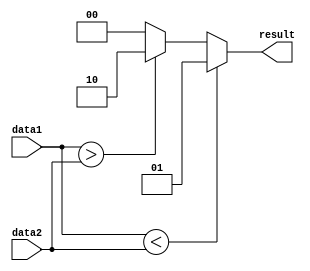
module serial_comparator (
    input [7:0] data1,
    input [7:0] data2,
    output reg [1:0] result
);

always @* begin
    if (data1 < data2) begin
        result = 2'b01; // data1 is less than data2
    end else if (data1 > data2) begin
        result = 2'b10; // data1 is greater than data2
    end else begin
        result = 2'b00; // data1 is equal to data2
    end
end

endmodule